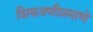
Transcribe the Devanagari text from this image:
शिकवणीप्रमाणे